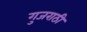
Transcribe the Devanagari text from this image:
गुजराठी